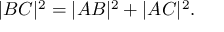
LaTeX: | B C | ^ { 2 } = | A B | ^ { 2 } + | A C | ^ { 2 } .